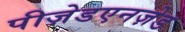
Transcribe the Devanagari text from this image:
पीज़ेडएनज़ेड